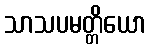
သာသပမတ္တိယော